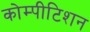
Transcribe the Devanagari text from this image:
कोम्पीटिशन